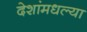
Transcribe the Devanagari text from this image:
देशांमधल्या